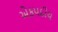
એકપદીય